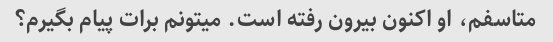
متاسفم، او اکنون بیرون رفته است. میتونم برات پیام بگیرم؟